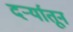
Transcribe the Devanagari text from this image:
दर्र्‍यातून